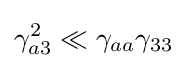
\gamma _{a3}^{2}\ll \gamma _{aa}\gamma _{33}